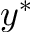
y ^ { \ast }